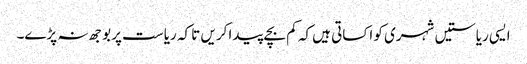
ایسی ریاستیں شہری کو اکساتی ہیں کہ کم بچے پیدا کریں تا کہ ریاست پر بوجھ نہ پڑے۔